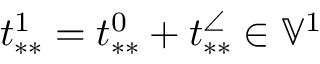
t _ { * * } ^ { 1 } = t _ { * * } ^ { 0 } + t _ { * * } ^ { \angle } \in \mathbb { V } ^ { 1 }